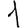
Digit: 1